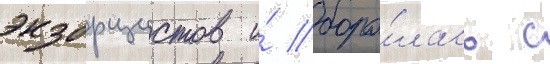
экзорцистов и́ боро́лась с